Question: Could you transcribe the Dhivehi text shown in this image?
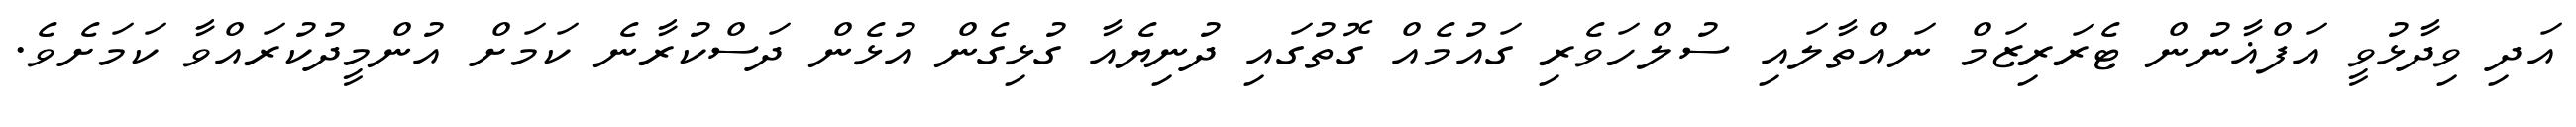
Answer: އަދި ވިދާޅުވީ އަފްޣާނުން ޓެރަރިޒަމް ނައްތާލައި ސުލްހަވެރި ގައުމެއް ގޮތުގައި ދުނިޔެއާ ގުޅިގެން އުޅެން ދަސްކުރާނެ ކަމަށް އުންމީދުކުރައްވާ ކަމަށެވެ.